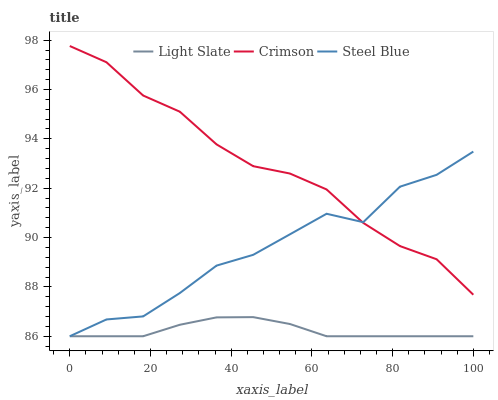
| xaxis_label | Light Slate | Crimson | Steel Blue |
 | --- | --- | --- | --- |
 | 0 | 86 | 97.8 | 86 |
 | 9.09 | 86 | 97.1 | 86.7 |
 | 18.2 | 86 | 95.8 | 86.8 |
 | 27.3 | 86.5 | 95.1 | 87.8 |
 | 36.4 | 86.8 | 93.8 | 88.9 |
 | 45.5 | 86.8 | 92.9 | 89.3 |
 | 54.5 | 86.5 | 92.6 | 90.1 |
 | 63.6 | 86 | 92 | 91 |
 | 72.7 | 86 | 90.6 | 90.6 |
 | 81.8 | 86 | 89.7 | 92.1 |
 | 90.9 | 86 | 89.1 | 92.5 |
 | 100 | 86 | 87.7 | 93.5 |